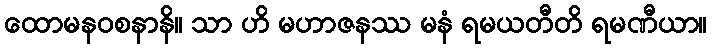
ထောမနဝစနာနိ။ သာ ဟိ မဟာဇနဿ မနံ ရမယတီတိ ရမဏီယာ။